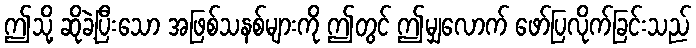
ဤသို့ ဆိုခဲ့ပြီးသော အဖြစ်သနစ်များကို ဤတွင် ဤမျှလောက် ဖော်ပြလိုက်ခြင်းသည်